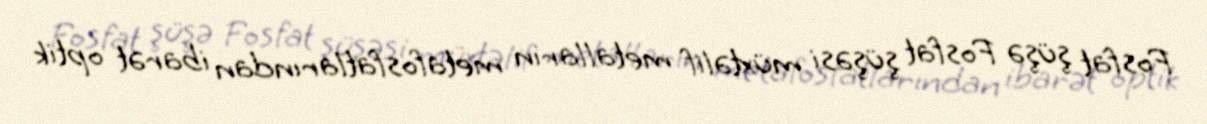
Fosfat şüşə Fosfat şüşəsi müxtəlif metalların metafosfatlarından ibarət optik